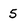
Character: 5